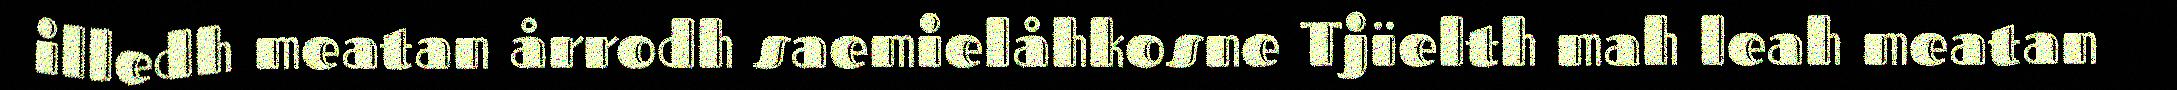
illedh meatan årrodh saemielåhkosne Tjïelth mah leah meatan